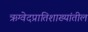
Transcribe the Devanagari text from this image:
ऋग्वेदप्रातिशाख्यांतील